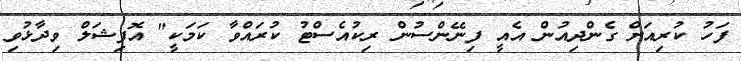
ފަހު ކުރިއަށް ގެންދިއުން އެއީ ފިނޭންސުން ރިކުއެސްޓު ކުރައްވާ ކަމަކީ" އޮފިޝަލް ވިދާޅުވި